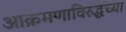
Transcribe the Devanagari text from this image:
आक्रमणाविरुद्धच्या